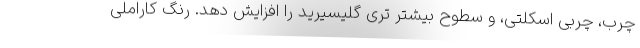
چرب، چربی اسکلتی، و سطوح بیشتر تری گلیسیرید را افزایش دهد. رنگ کاراملی